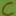
Text: C